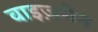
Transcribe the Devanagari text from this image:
वाइज़मेन